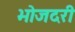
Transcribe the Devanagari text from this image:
भोजदरी